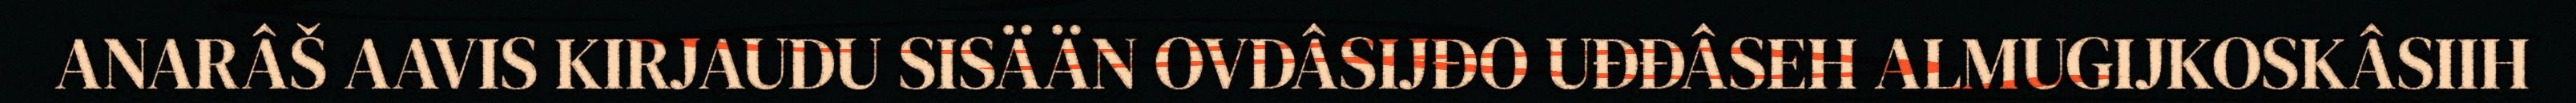
ANARÂŠ AAVIS KIRJAUDU SISÄÄN OVDÂSIJĐO UĐĐÂSEH ALMUGIJKOSKÂSIIH